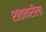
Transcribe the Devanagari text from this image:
शतावरीला